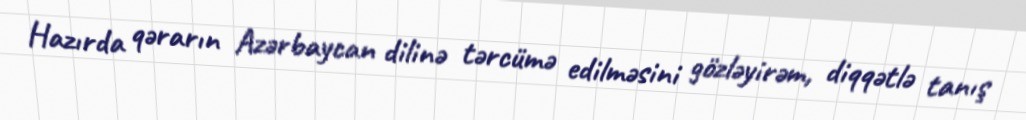
Hazırda qərarın Azərbaycan dilinə tərcümə edilməsini gözləyirəm, diqqətlə tanış